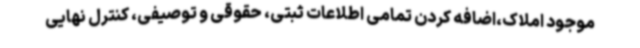
موجود املاک،اضافه کردن تمامی اطلاعات ثبتی، حقوقی و توصیفی، کنترل نهایی